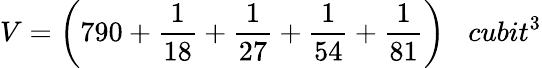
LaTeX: V={\bigg(}790+{\frac{1}{18}}+{\frac{1}{27}}+{\frac{1}{54}}+{\frac{1}{81}}{\bigg)}\; \; \; cubit^{3}